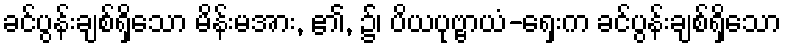
ခင်ပွန်းချစ်ရှိသော မိန်းမအား, ၏, ၌၊ ပိယပုဗ္ဗာယံ-ရှေးက ခင်ပွန်းချစ်ရှိသော